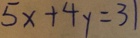
5 x + 4 y = 3 1